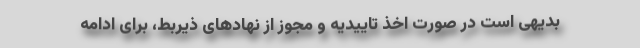
بدیهی است در صورت اخذ تاییدیه و مجوز از نهادهای ذیربط، برای ادامه